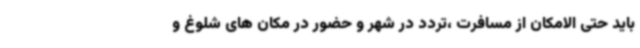
باید حتی الامکان از مسافرت ،تردد در شهر و حضور در مکان های شلوغ و